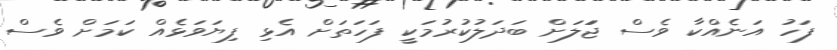
ފަހު އަނެއްކާ ވެސް ޖަަލަށް ބަދަލުކުރުމަކީ ފަހަތަށް އެޅި ފިޔަވަޅެއް ކަމަށް ވެސް